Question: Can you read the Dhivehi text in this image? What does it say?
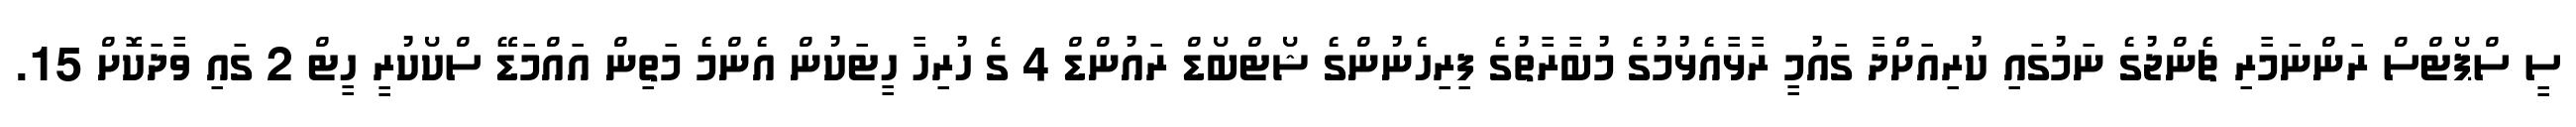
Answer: ސީ ސްޕޯޓްސް ރަންނަމާރި ޗެެންޖުގެ ނަމުގައި ކުރިއަށްދާ ގައުމީ ރާޅާއެޅުމުގެ މުބާރާތުގެ ފިރިހެނުންގެ ޝޯޓްބޯޑް ރައުންޑް 4 ގެ ހުރިހާ ހީޓަކުން އެންމެ މަތިން އައްމަޑޭ ސްކޯކުރީ ހީޓް 2 ގައި ވާދަކޮށް 15.